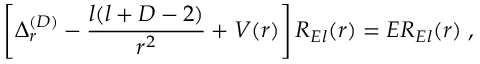
\left[ \Delta _ { r } ^ { ( { D } ) } - \frac { l ( l + D - 2 ) } { r ^ { 2 } } + V ( r ) \right] R _ { E l } ( r ) = E R _ { E l } ( r ) \; ,